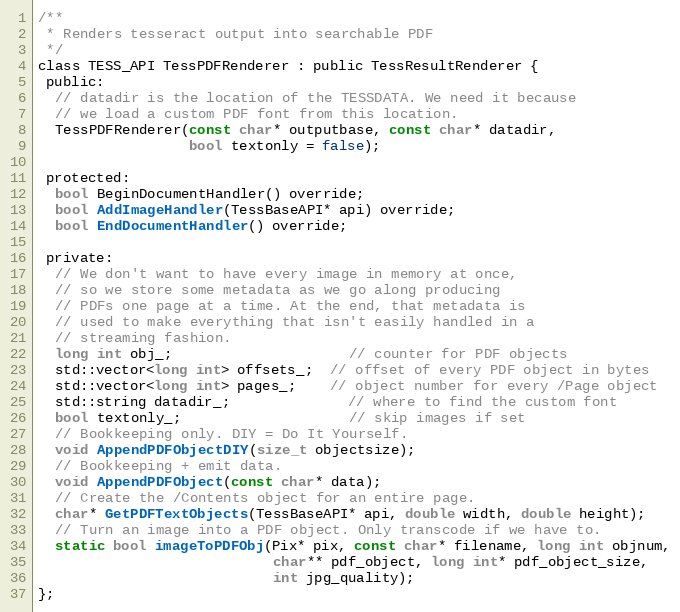
Language: C
/**
 * Renders tesseract output into searchable PDF
 */
class TESS_API TessPDFRenderer : public TessResultRenderer {
 public:
  // datadir is the location of the TESSDATA. We need it because
  // we load a custom PDF font from this location.
  TessPDFRenderer(const char* outputbase, const char* datadir,
                  bool textonly = false);

 protected:
  bool BeginDocumentHandler() override;
  bool AddImageHandler(TessBaseAPI* api) override;
  bool EndDocumentHandler() override;

 private:
  // We don't want to have every image in memory at once,
  // so we store some metadata as we go along producing
  // PDFs one page at a time. At the end, that metadata is
  // used to make everything that isn't easily handled in a
  // streaming fashion.
  long int obj_;                     // counter for PDF objects
  std::vector<long int> offsets_;  // offset of every PDF object in bytes
  std::vector<long int> pages_;    // object number for every /Page object
  std::string datadir_;              // where to find the custom font
  bool textonly_;                    // skip images if set
  // Bookkeeping only. DIY = Do It Yourself.
  void AppendPDFObjectDIY(size_t objectsize);
  // Bookkeeping + emit data.
  void AppendPDFObject(const char* data);
  // Create the /Contents object for an entire page.
  char* GetPDFTextObjects(TessBaseAPI* api, double width, double height);
  // Turn an image into a PDF object. Only transcode if we have to.
  static bool imageToPDFObj(Pix* pix, const char* filename, long int objnum,
                            char** pdf_object, long int* pdf_object_size,
                            int jpg_quality);
};